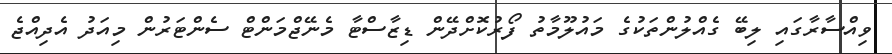
ވިއްސާރާގައި ލިބޭ ގެއްލުންތަކުގެ މައުލޫމާތު ފޯރުކޮށްދޭން ޑިޒާސްޓާ މެނޭޖްމަންޓް ސެންޓަރުން މިއަދު އެދިއްޖެ